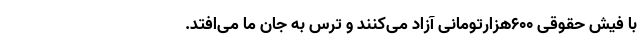
با فیش حقوقی 600هزار‌تومانی آزاد می‌کنند و ترس به جان ما می‌افتد.